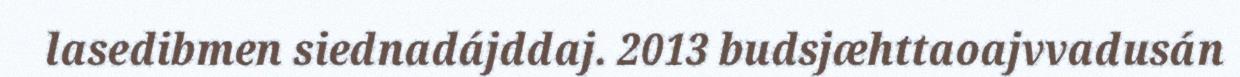
lasedibmen siednadájddaj. 2013 budsjæhttaoajvvadusán